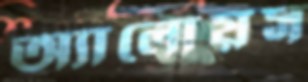
অ্যালোয়স